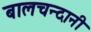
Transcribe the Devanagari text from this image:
बालचन्दानी